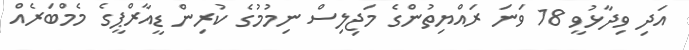
އަދި ވިދާޅުވީ 18 ވަނަ ރައްޔިތުންގެ މަޖިލިިސް ނިމުމުގެ ކުރިން ޑީއާރްޕީގެ މެމްބަރެއް